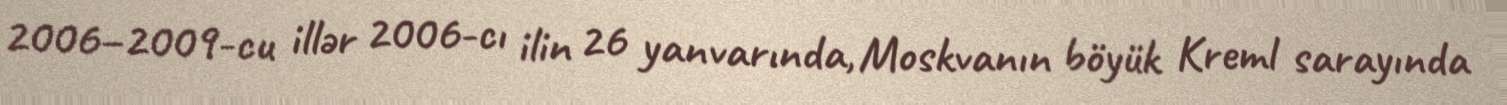
2006–2009-cu illər 2006-cı ilin 26 yanvarında, Moskvanın böyük Kreml sarayında